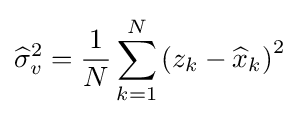
{\widehat {\sigma }}_{v}^{2}={\frac {1}{N}}\sum _{k=1}^{N}{(z_{k}-{\widehat {x}}_{k})}^{2}